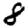
Digit: 8